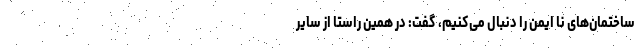
ساختمان‌های نا ایمن را دنبال می‌کنیم، گفت: در همین راستا از سایر